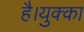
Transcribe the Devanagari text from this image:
है।युक्का